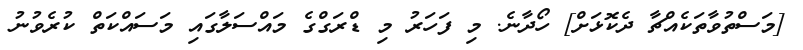
[މަސްތުވާތަކެއްޗާ ދެކޮޅަށް] ހޯދާނެ. މި ފަހަރު މި ޑްރަގްގެ މައްސަލާގައި މަސައްކަތް ކުރެވުނު